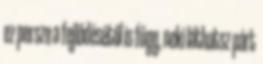
ez persze a fejlődésétől is függ, neki láthatsz párt